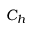
C _ { h }